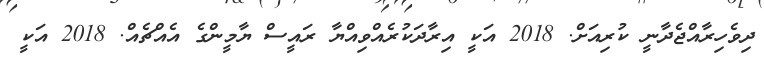
ދިވެހިރާއްޖެދާނީ ކުރިއަށް. 2018 އަކީ އިރާދަކުރެއްވިއްޔާ ރައީސް ޔާމީންގެ އެއްޗެއް. 2018 އަކީ